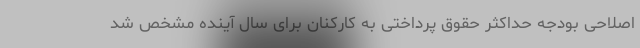
اصلاحی بودجه حداکثر حقوق پرداختی به کارکنان برای سال آینده مشخص شد